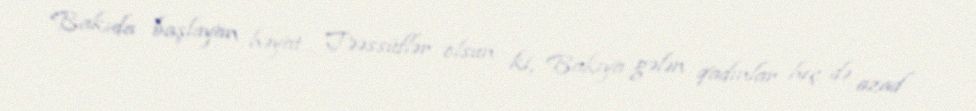
Bakıda başlayan həyat... Təəssüflər olsun ki, Bakıya gələn qadınlar heç də azad